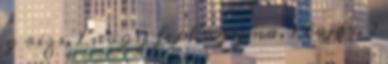
g rizs, 1 nagy fej hagyma, 1 tojás, 2